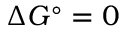
\Delta G ^ { \circ } = 0